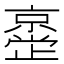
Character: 𫢂